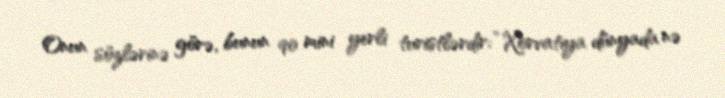
Onun sözlərinə görə, bunun 90 mini yerli turistlərdir: “Xorvatiya dünyada nə